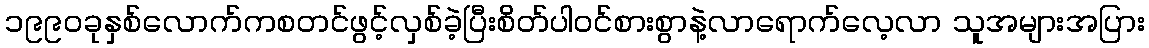
၁၉၉၀ခုနှစ်လောက်ကစတင်ဖွင့်လှစ်ခဲ့ပြီးစိတ်ပါဝင်စားစွာနဲ့လာရောက်လေ့လာ သူအများအပြား